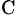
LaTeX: ^\mathrm{C}